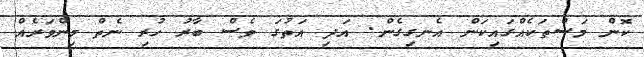
ކޮން މަސްތަކެއްގައިކަން އެނގިގެން. އަދި އަތުގަ ވެސް ބާރު ހުރި ނެތް މިންވަރެއް